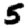
Digit: 5